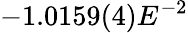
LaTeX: -1.0159(4)E^{-2}